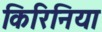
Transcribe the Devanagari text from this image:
किरिनिया